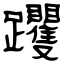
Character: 躩